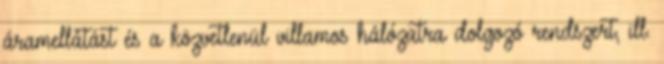
áramellátást és a közvetlenül villamos hálózatra dolgozó rendszert, ill.